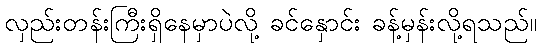
လှည်းတန်းကြီးရှိနေမှာပဲလို့ ခင်နှောင်း ခန့်မှန်းလို့ရသည်။